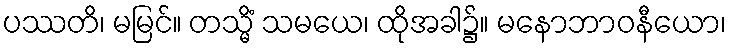
ပဿတိ၊ မမြင်။ တသ္မိံ သမယေ၊ ထိုအခါ၌။ မနောဘာဝနီယော၊